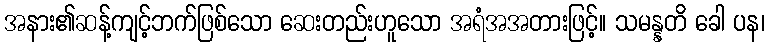
အနား၏ဆန့်ကျင့်ဘက်ဖြစ်သော ဆေးတည်းဟူသော အရံအအတားဖြင့်။ သမန္နတိ ခေါ ပန၊